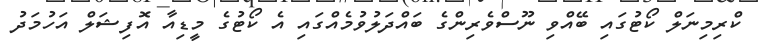
ކްރިމިނަލް ކޯޓުގައި ބޭއްވި ނޫސްވެރިންގެ ބައްދަލުވުމެއްގައި އެ ކޯޓުގެ މީޑިއާ އޮފިޝަލް އަހުމަދު